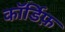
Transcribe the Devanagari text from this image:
कॉर्डिफ़